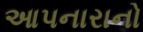
આપનારાનો